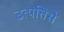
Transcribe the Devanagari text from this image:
उत्पत्तिसे